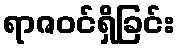
ရာဇဝင်ရှိခြင်း